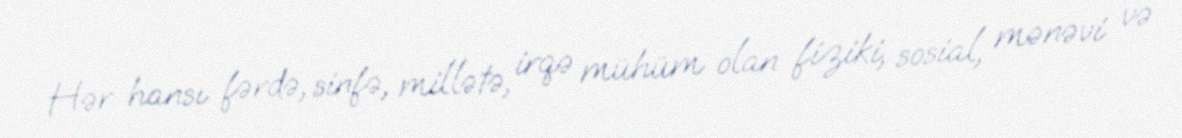
Hər hansı fərdə, sinfə, millətə, irqə mühüm olan fiziki, sosial, mənəvi və